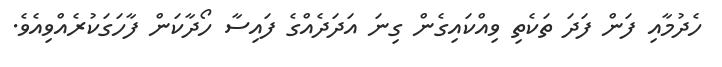
ހެދުމާއި ފަން ފަދަ ތަކެތި ވިއްކައިގެން ގިނަ އަދަދެއްގެ ފައިސާ ހޯދާކަން ފާހަގަކުރެއްވިއެވެ.